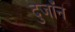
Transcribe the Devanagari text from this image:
दुजॉन